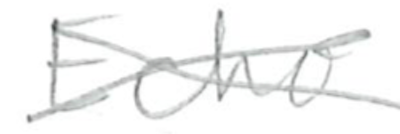
Text: Echo
Cross-out: mix
Writing tool: pencil